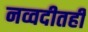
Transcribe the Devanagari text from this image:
नव्वदीतही